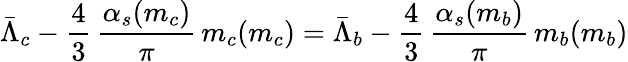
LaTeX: \bar{\Lambda}_{c}-\frac{4}{3}\, \frac{\alpha_{s}(m_{c})}{\pi}\, m_{c}(m_{c})=\bar{\Lambda}_{b}-\frac{4}{3}\, \frac{\alpha_{s}(m_{b})}{\pi}\, m_{b}(m_{b})